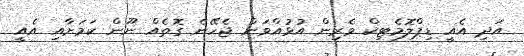
އަދި އެއީ ޑިޕްލޮމެޓިކް ވެރިން އުޅުއްވަން ޖެހޭނެ ގޮތެއް ނޫން ކަމަށާއި އެއީ